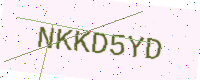
Text: NKKD5YD